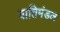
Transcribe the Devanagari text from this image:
वातिमंडल